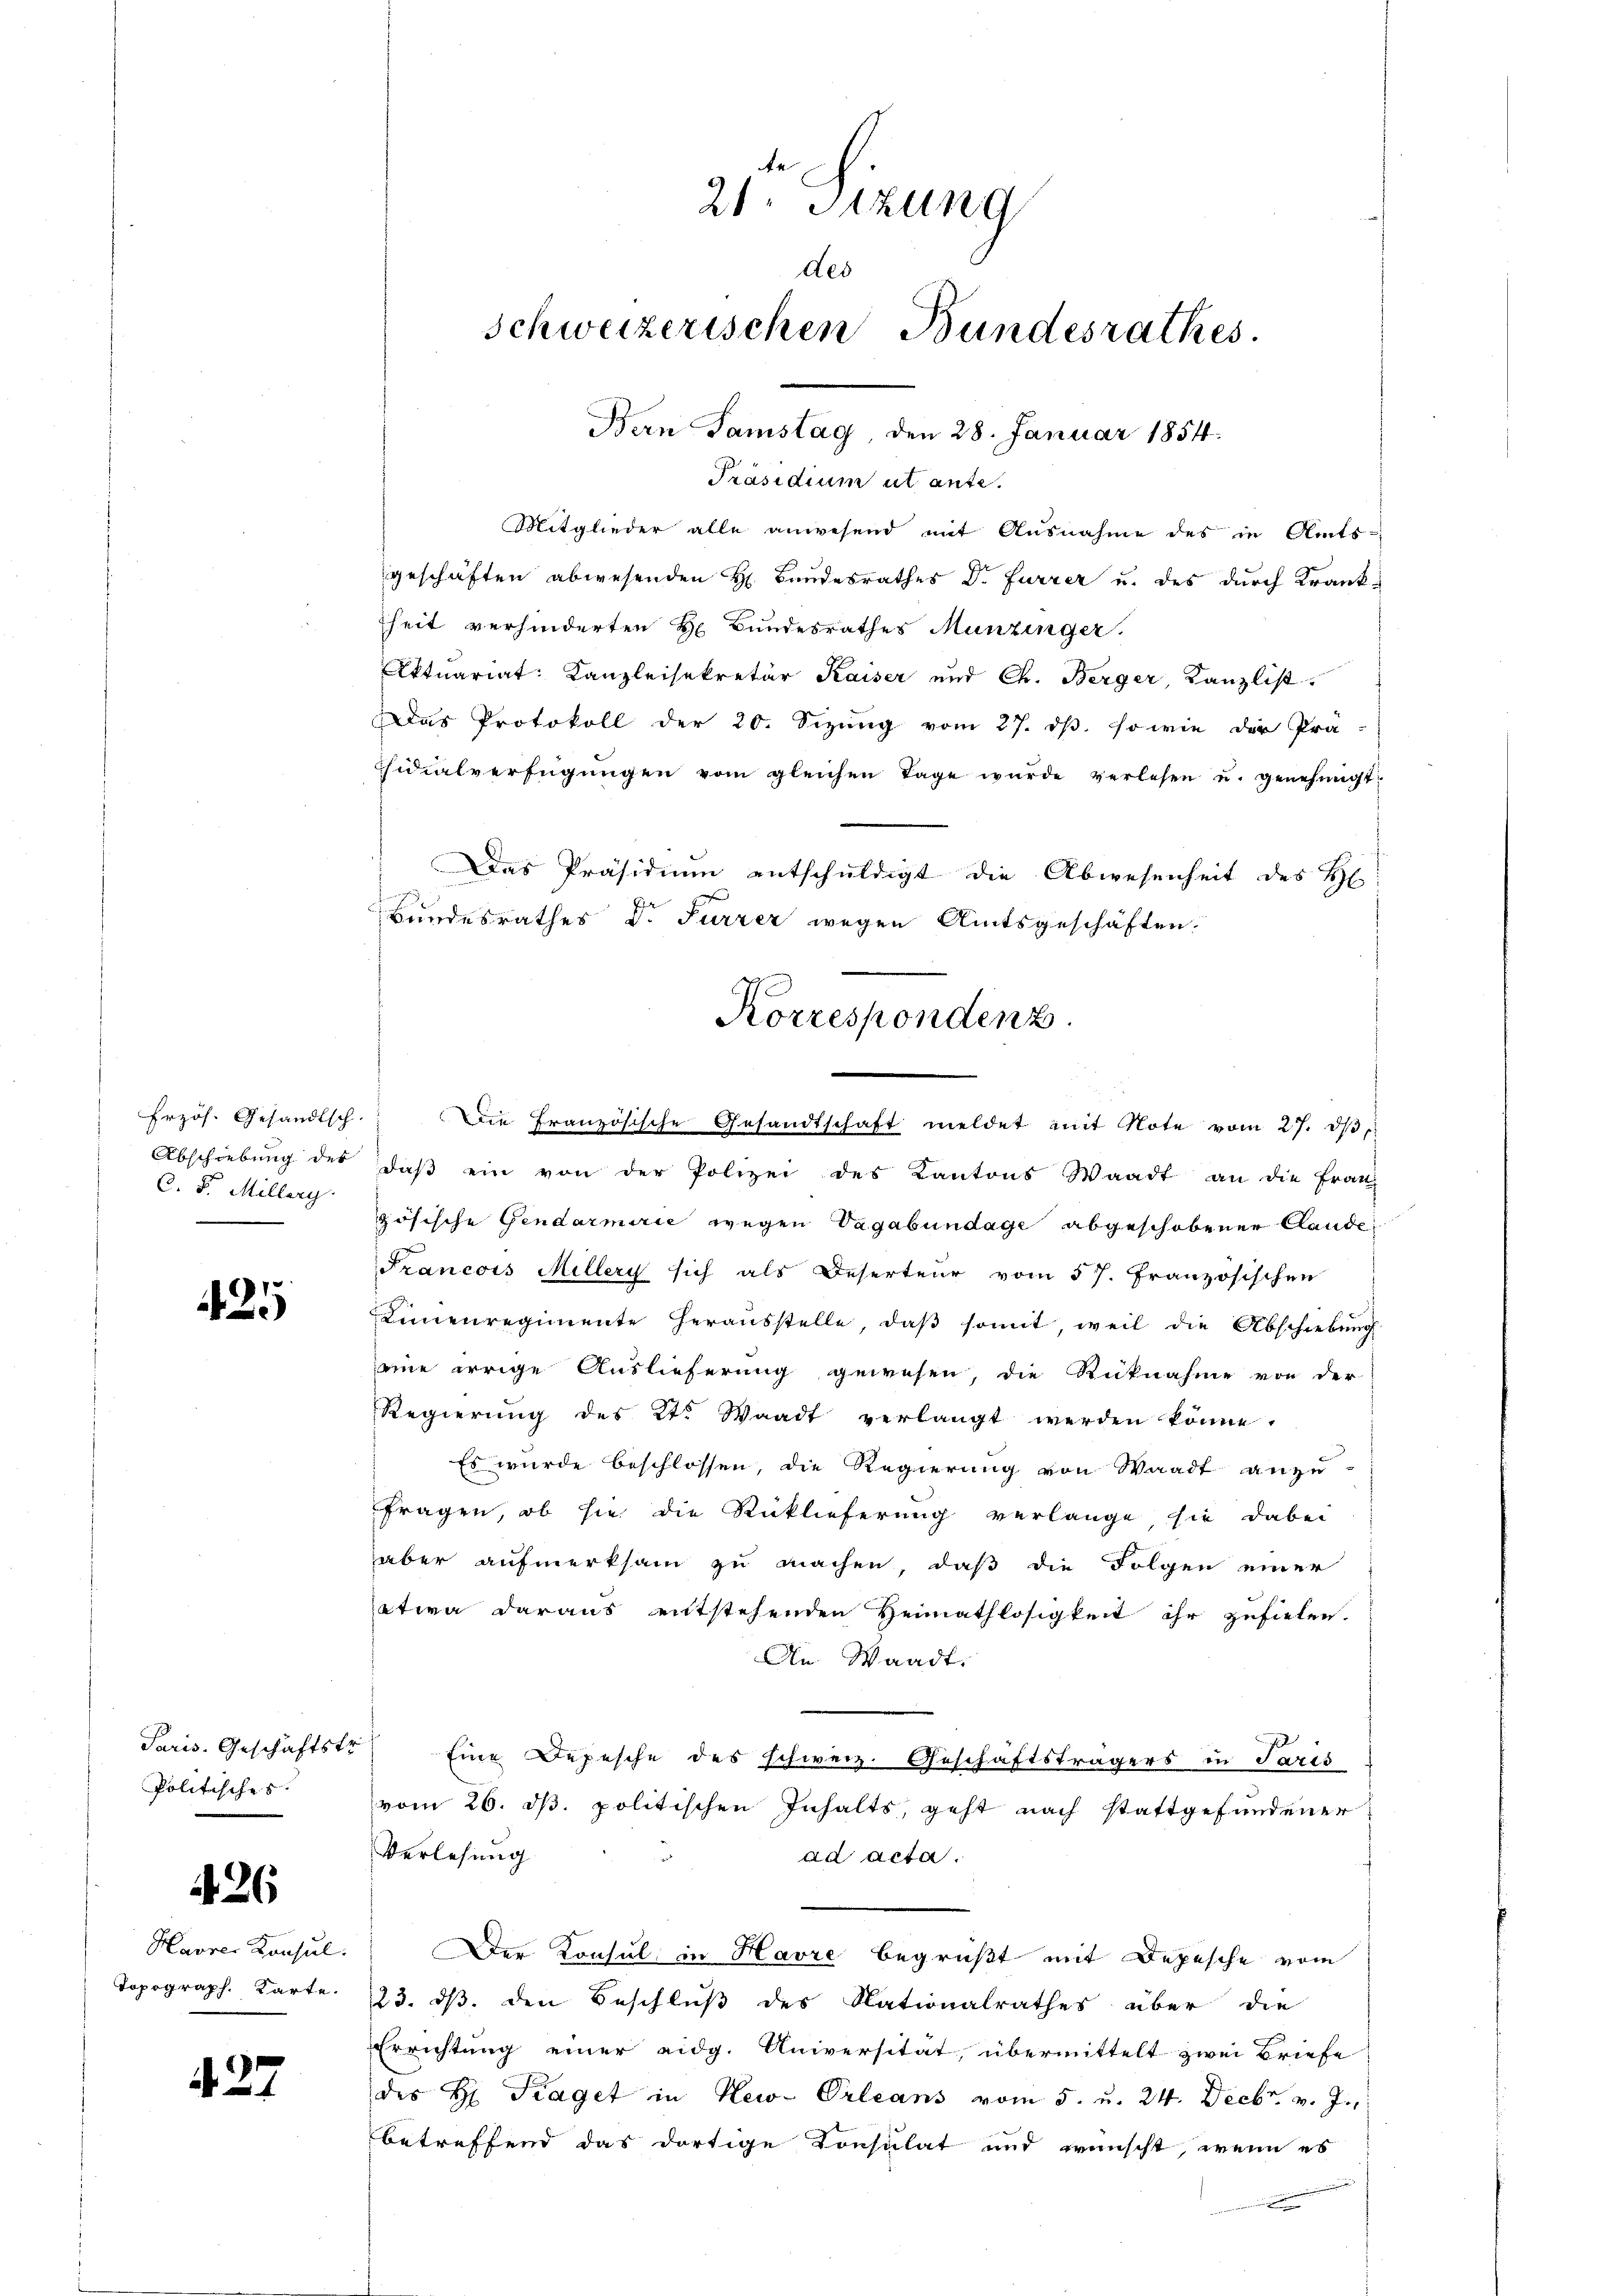
Erzös. Gesandtsch.
Abschiebung des
C. F. Millerg

425

Paris. Geschäftstr
Politisches

426

Havrer Konsul
Topograph. Karte.

27

21. Sitzung
des
schweizerischen Bundesrathes.
Bern Samstag den 28. Januar 1854.

Präsidium ut ante.
Mitglieder alle anwesend mit Ausnahme des in Amts-
geschäften abwesenden H. Bandesrathes Dr. Furrer u. des durch Krankheit verhinderten H Bundesrathes Munzinger.
Aktuariat. Kanzleisekretär Kaiser und Ch. Berger, Kanzlist
Das Protokoll der 20. Sizung vom 27. ds. so wie der Prä
sidialverfügŭngen vom gleichen Tage wurde verlesen u. genehmigt.
Das Präsidium entschuldigt die Abwesenheit des H
Bundesrathes Dr. Furrer wegen Amtsgeschäften.
daß ein von der Polizei des Kantons Waadt an die Franz
zösische Gendarmirić wegen Vagabundage abgeschobener Lande
Francois Millery sich als Deserteur vom 57. Französischen
Linnenregimente heraŭsstelle, daβ somit, weil die Abschiebŭng
eine errige Auslieferung gewesen, die Rücknahme von der
Regierung des 2t. Waadt verlangt werden könne.
Es wurde beschlossen, die Regierung von Waadt anzu-
Fragen, ob sie die Rücklieferung verlange sie dabei
aber aufmerksam zu machen, daß die Folgen einer
etwa daraus entstehenden Heimathlosigkeit ihr zufielen.
An Waadt.
Eine Depesche des schweiz. Geschäftsträgers in Paris
vom 26. d. politischen Inhalts, geht nach stattgefundener
Verlesung
ad acta.
Der Konsul in Havre begrüßt mit Depesche vom
23. ds, den Beschluß des Nationalrathes über die
Errichtung einer eidg. Universität, übermittelt zwei Briefe
des H. Kraget in New-Orleans vom 5. u. 24. Decbr. v. J.,
betreffend das dortige Konsulat und wünscht, wenn es
ämmer

Korrespondenz.
Die Französische Gesandtschaft meldet mit Note vom 27. dβ,